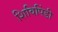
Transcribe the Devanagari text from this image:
शिविपिंडी